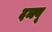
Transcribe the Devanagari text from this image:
दब्ल्यू